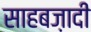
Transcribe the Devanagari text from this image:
साहबज़ादी